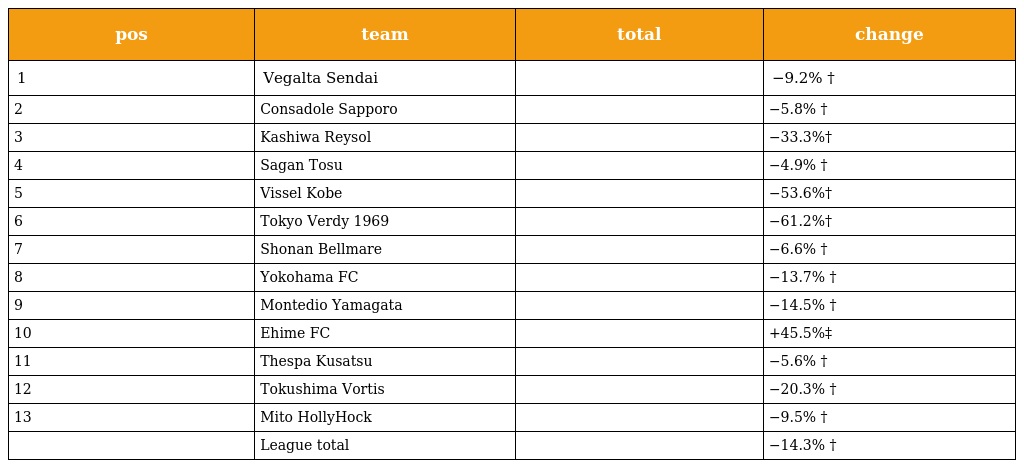
| pos | team | total | change |
 | --- | --- | --- | --- |
 | 1 | Vegalta Sendai |  | −9.2% † |
 | 2 | Consadole Sapporo |  | −5.8% † |
 | 3 | Kashiwa Reysol |  | −33.3%† |
 | 4 | Sagan Tosu |  | −4.9% † |
 | 5 | Vissel Kobe |  | −53.6%† |
 | 6 | Tokyo Verdy 1969 |  | −61.2%† |
 | 7 | Shonan Bellmare |  | −6.6% † |
 | 8 | Yokohama FC |  | −13.7% † |
 | 9 | Montedio Yamagata |  | −14.5% † |
 | 10 | Ehime FC |  | +45.5%‡ |
 | 11 | Thespa Kusatsu |  | −5.6% † |
 | 12 | Tokushima Vortis |  | −20.3% † |
 | 13 | Mito HollyHock |  | −9.5% † |
 |  | League total |  | −14.3% † |